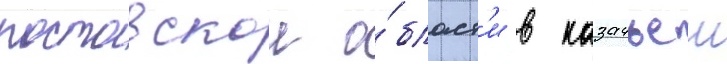
ростовскои о́бласт'и в казачьеи